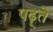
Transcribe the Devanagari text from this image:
पढ़्ते